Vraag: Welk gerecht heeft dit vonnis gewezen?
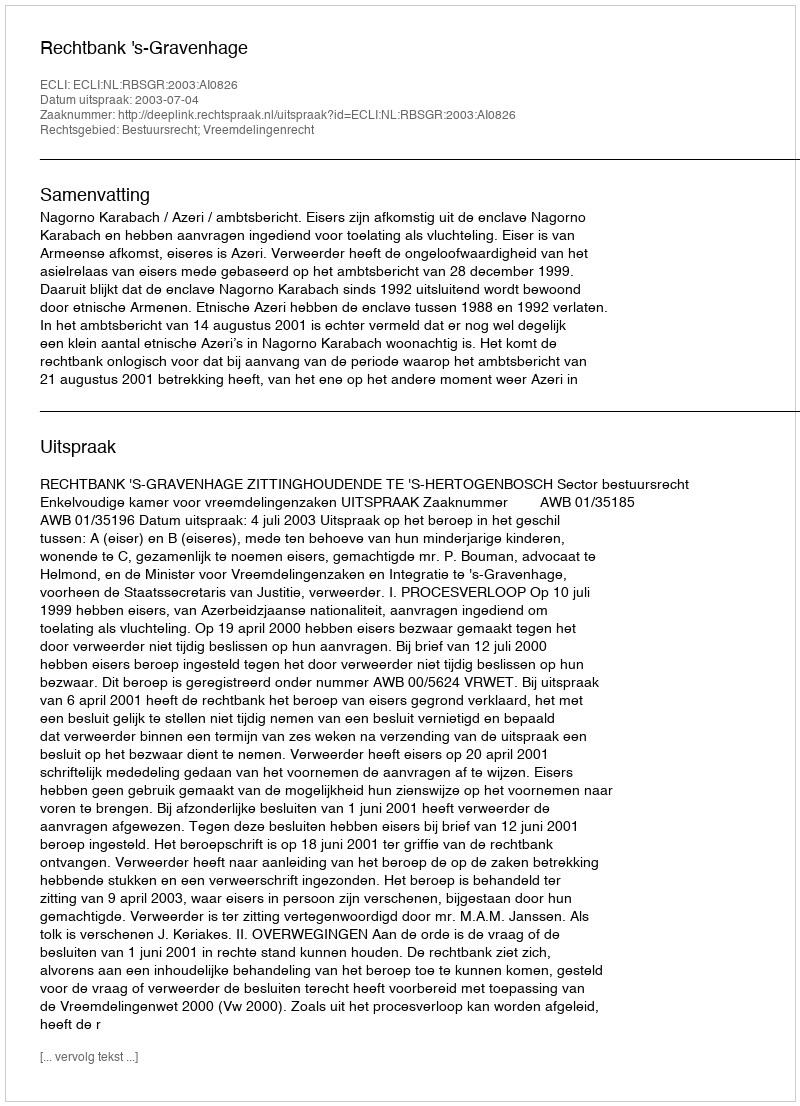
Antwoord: Rechtbank 's-Gravenhage